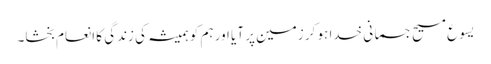
یسوع مسیح جسمانی خدا ہو کر زمین پر آیا اور ہم کو ہمیشہ کی زندگی کا انعام بخشا۔